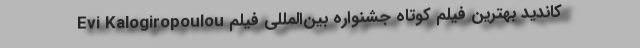
Evi Kalogiropoulou کاندید بهترین فیلم کوتاه جشنواره بین‌المللی فیلم